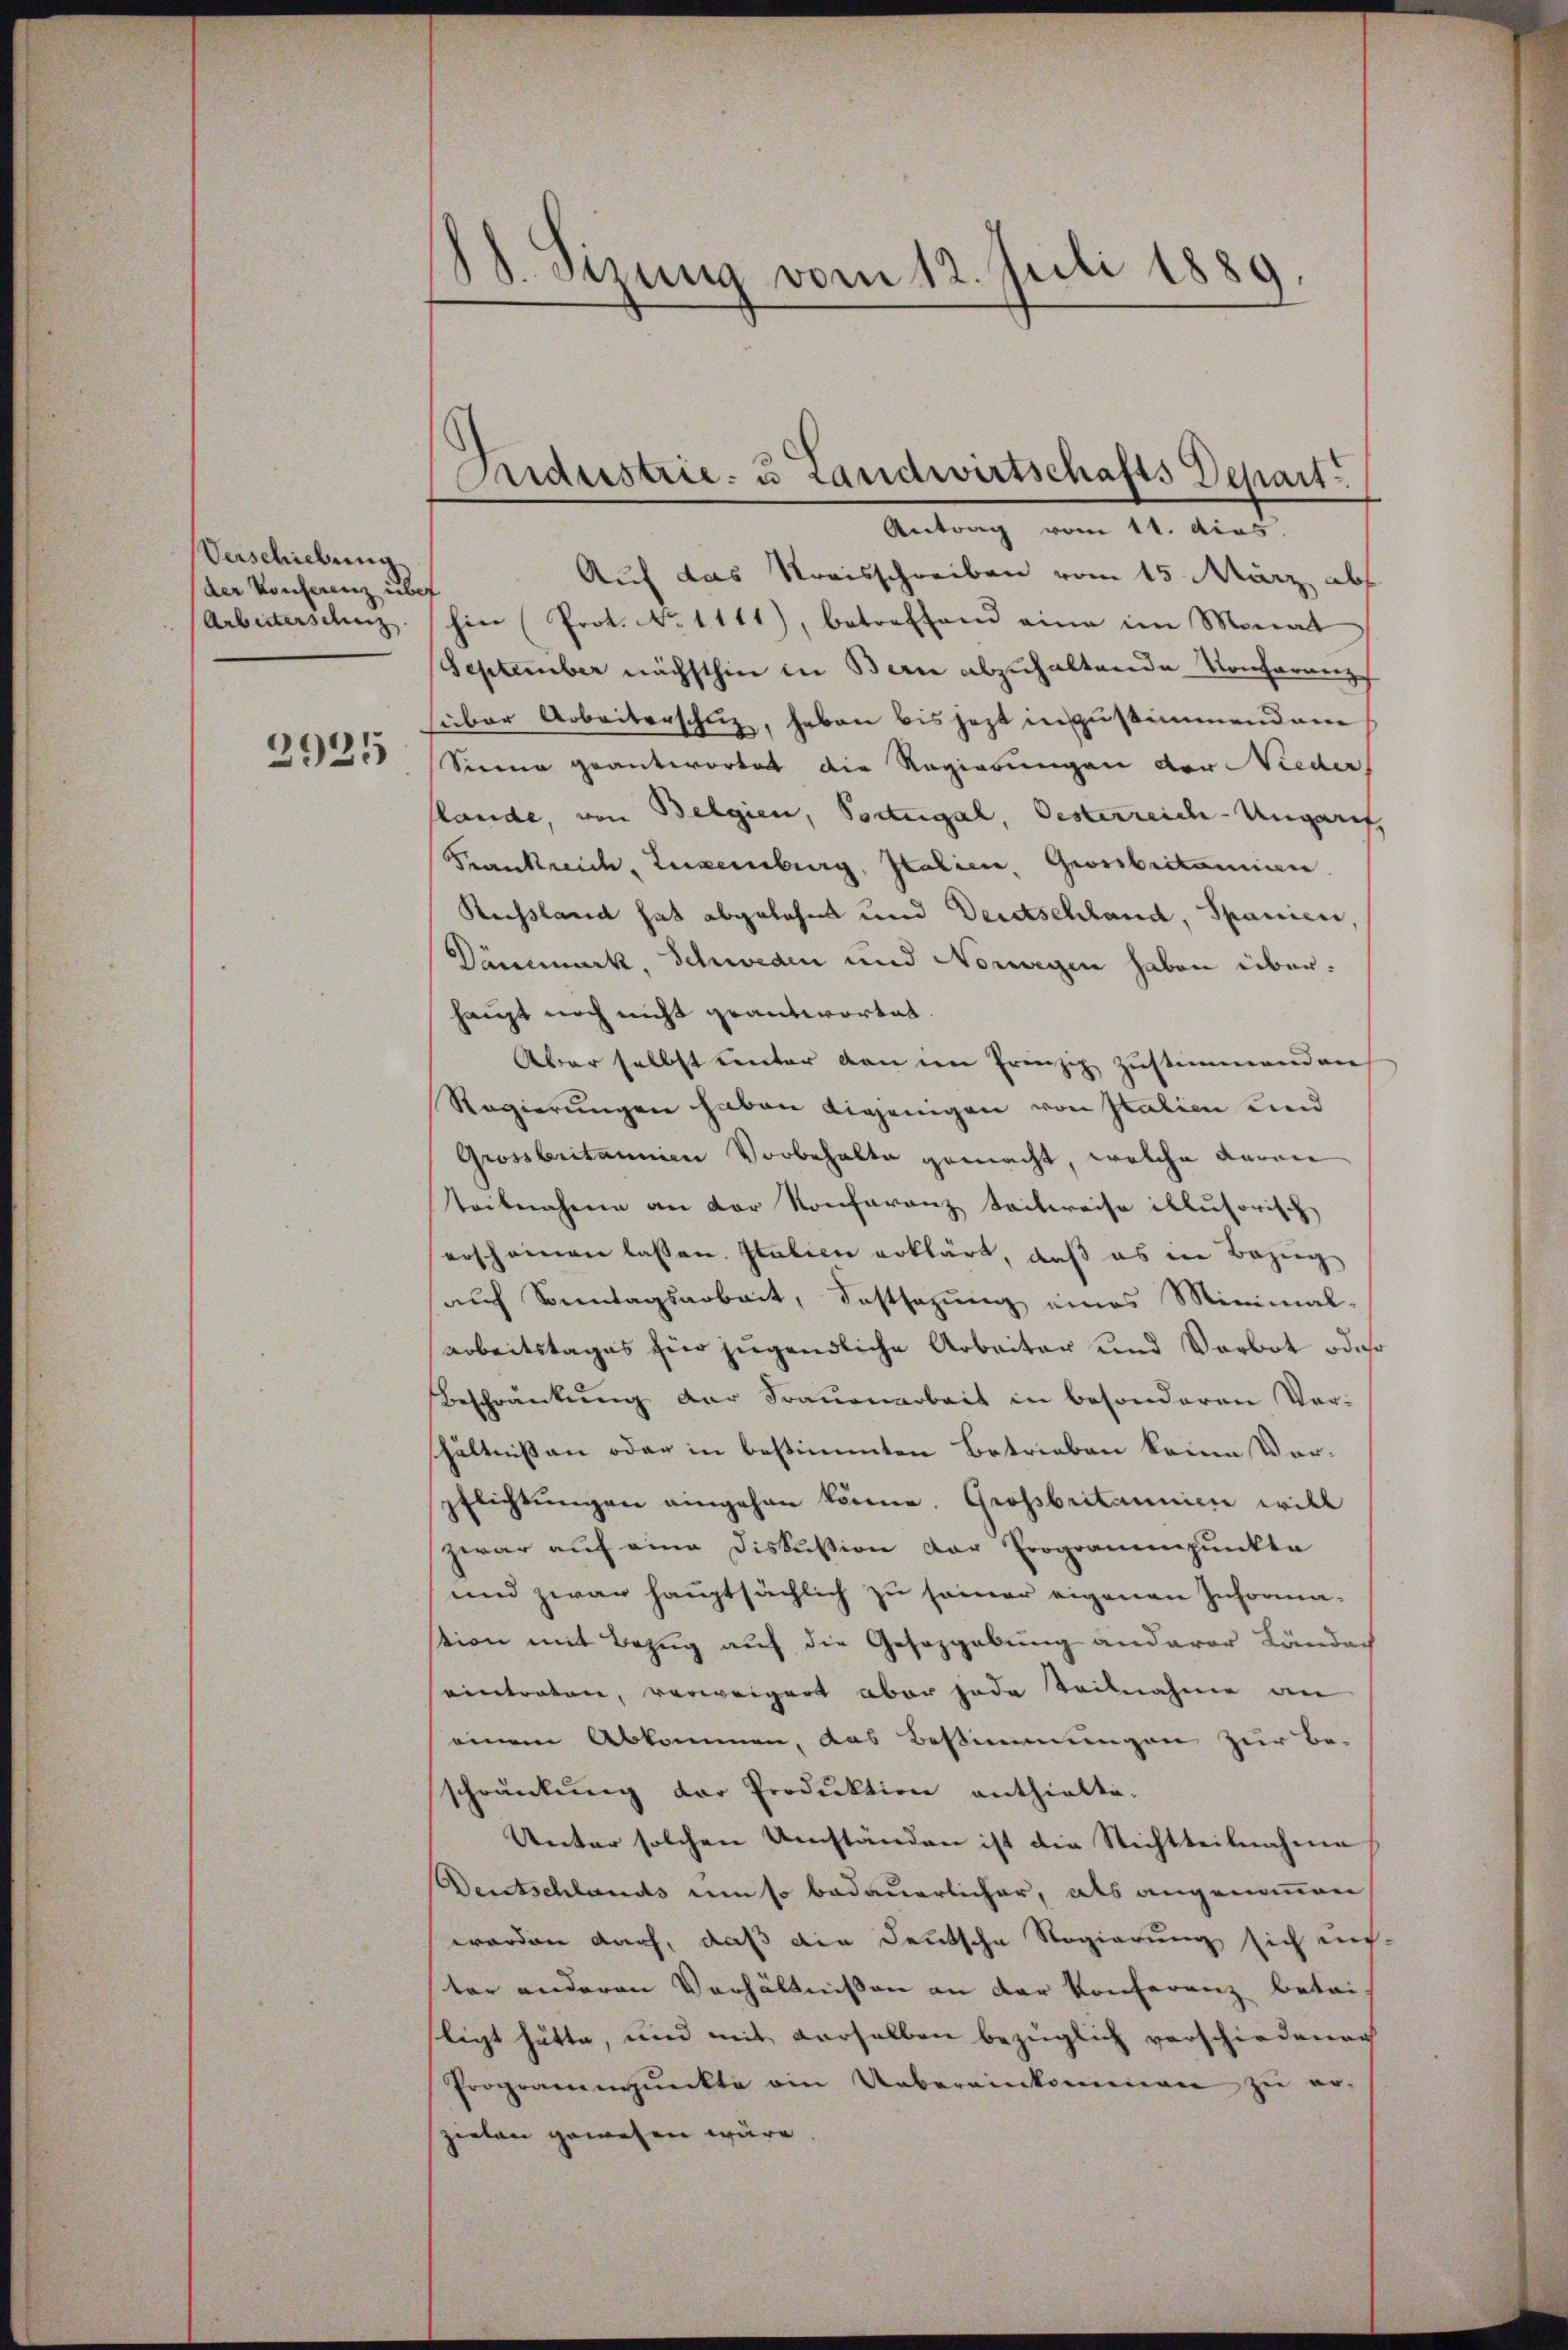
Verschiebung
der Konferenz übe
Arbeiterschuz

2925

18. Sizung vom 12. Juli 1889.

Condustrie- u Landwirtschafts Depart
Antrag vom 11. das

Auf das Kreisschreiben vom 15. März abs
hin (Prot. No 1111), betreffend eine im Monat
September nächsthin in Bern abzuhaltende Konferungs
über Arbeiterschuz, haben bis jezt in zustimmend am
Sinne geantwortet die Regierungen der Nieder
flände, von Belgien, Podegal, Oesterreich-Ungarif
Frankreich, Luxenburg, Italien Grossbritanien.
Reussland hat abgelehnt und Deutschland, Spanien
Dämmerk, Schweden und Nomagen haben überhaupt noch nicht geantwortet.
Aber selbst unter von im Prinzig zustimmenden
Regierungen haben diejenigen von Italien und
Grossbritannien Vorbehalte gemacht, welche deren
Teilnahme an der Konferanz Sailereise illusorisch
erscheinen lassen. Italien erklärt, daß es in Bezug
auch Sonntagsarbeit, Festsezung eines Minimal-
arbeitstages für jugendliche Arbeiter und Verbot oder
Beschränkŭng der Frauenarbeit in besonderen Ver-
shältnißen oder in bestimmten Betrieben keine Verpflichtŭngen eingehen könne. Großbritannien will
zwar auf eine Diskussion der Erogrammpunkte
und zwar hauptsächlich zu seiner eigenen Informa-
tion mit Bezug auf die Gesetzgebung anderer Länder
eintreten, verweigert aber jede Teilnahme an
einem Abkommen, das Bestimmungen zur Be-
schränkung der Produktion enthielte.
Unter solchen Umständen ist die Nichtteilnahme
Dentschlands um so bedauerlicher, als angenommen
worden darf, daß die Deutsche Regierung sich un-
ter anderen Verhältnissen an der Konferenz betri-
ligt hätte, und mit derselben bezüglich verschiedenen
Programmpŭnkte ain Uebereinkommen zŭ er-
zielen gewesen wäre